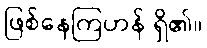
ဖြစ်နေကြဟန် ရှိ၏။